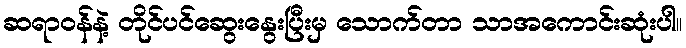
ဆရာဝန်နဲ့ တိုင်ပင်ဆွေးနွေးပြီးမှ သောက်တာ သာအကောင်းဆုံးပါ။